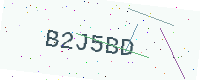
Text: B2J5BD